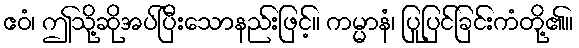
ဧဝံ၊ ဤသို့ဆိုအပ်ပြီးသောနည်းဖြင့်။ ကမ္မာနံ၊ ပြုပြင်ခြင်းကံတို့၏။